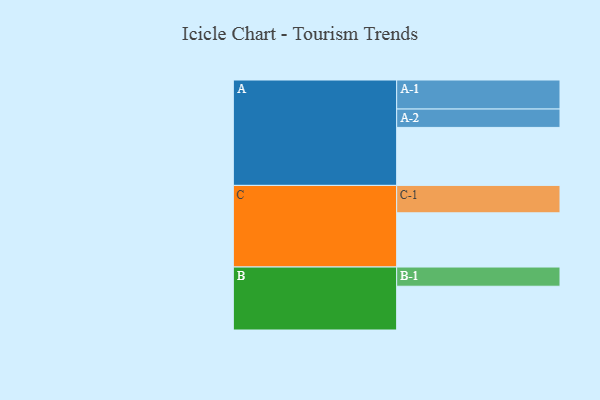
{"axis": {"x": "Segment", "y": "Value"}, "legend": ["", "A", "B", "C"], "data": [{"x": "A", "y": 571, "type": ""}, {"x": "B", "y": 431, "type": ""}, {"x": "C", "y": 534, "type": ""}, {"x": "A-1", "y": 286, "type": "A"}, {"x": "A-2", "y": 181, "type": "A"}, {"x": "B-1", "y": 189, "type": "B"}, {"x": "C-1", "y": 270, "type": "C"}]}